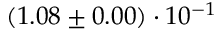
( 1 . 0 8 \pm 0 . 0 0 ) \cdot 1 0 ^ { - 1 }